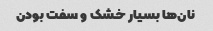
نان‌ها بسیار خشک و سفت بودن